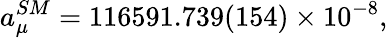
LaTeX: a_{\mu}^{SM}=116591.739(154)\times 10^{-8},